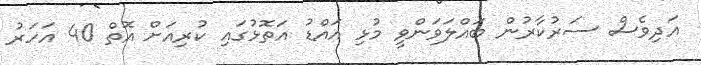
އަދިވެސް ސަރުކާރުން ބައްލަވަންވީ މުޅި އައްޑު އަތޮޅުގައި ކުރިއަށް އޮތް 40 އަހަރު